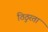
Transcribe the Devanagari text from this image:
ठिठुरता